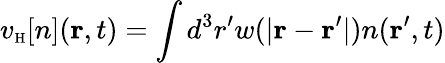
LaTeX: v_{\scriptscriptstyle\mathrm{H}}[n]({\mathbf r},t)=\int d^{3}r^{\prime}w(\vert{\mathbf r}-{\mathbf r}^{\prime}\vert)n({\mathbf r}^{\prime},t)